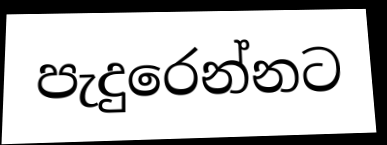
පැදුරෙන්නට